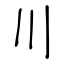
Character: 川